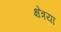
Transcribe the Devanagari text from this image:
क्षेत्रया